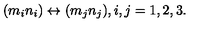
\begin{array} { l c r } { ( m _ { i } n _ { i } ) \leftrightarrow ( m _ { j } n _ { j } ) , i , j = 1 , 2 , 3 . } \\ \end{array}